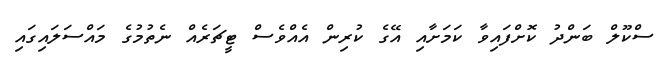
ސްކޫލް ބަންދު ކޮށްފައިވާ ކަމަށާއި އޭގެ ކުރިން އެއްވެސް ޓީޗަރެއް ނެތުމުގެ މައްސަލައިގައި